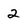
Character: 2